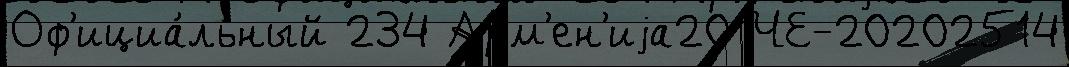
Оф'ициа́льный 234 Арм'ен'иjа20 ЧЕ-20202514